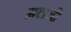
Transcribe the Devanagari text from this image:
मलजी